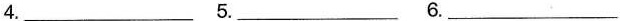
4.___ 5.___ 6.___